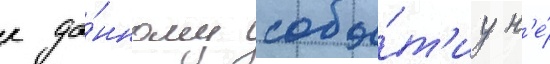
к да́нному собы́т'иу н'е́